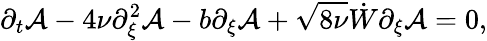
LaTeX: \partial_{t}\mathcal{A}-4\nu\partial_{\xi}^{2}\mathcal{A}-b\partial_{\xi}\mathcal{A}+\sqrt{8\nu}\dot{W}\partial_{\xi}\mathcal{A}=0,